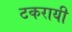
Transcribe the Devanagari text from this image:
टकरायी